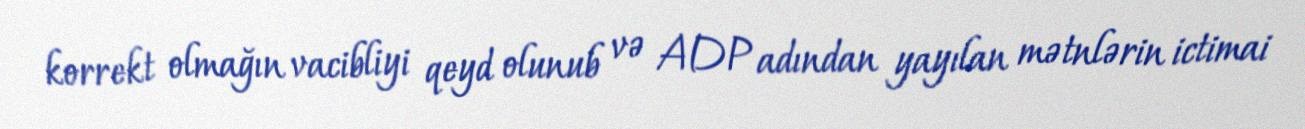
korrekt olmağın vacibliyi qeyd olunub və ADP adından yayılan mətnlərin ictimai